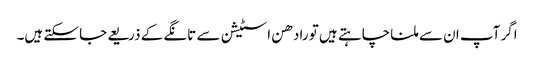
اگر آپ ان سے ملنا چاہتے ہیں تو رادھن اسٹیشن سے تانگے کے ذریعے جا سکتے ہیں۔